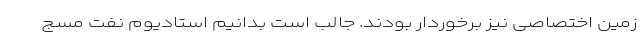
زمین اختصاصی نیز برخوردار بودند. جالب است بدانیم استادیوم نفت مسج